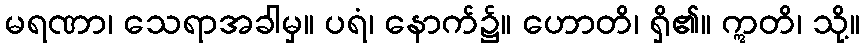
မရဏာ၊ သေရာအခါမှ။ ပရံ၊ နောက်၌။ ဟောတိ၊ ရှိ၏။ ဣတိ၊ သို့။